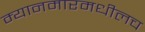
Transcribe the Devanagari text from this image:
म्यानमारमधीलच